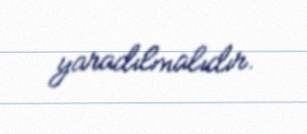
yaradılmalıdır.